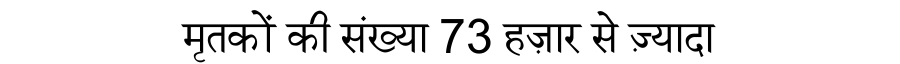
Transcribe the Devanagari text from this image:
मृतकों की संख्या 73 हज़ार से ज़्यादा